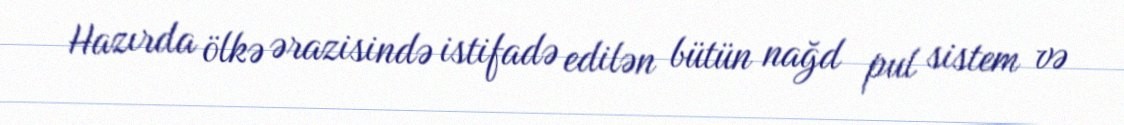
Hazırda ölkə ərazisində istifadə edilən bütün nağd pul sistem və